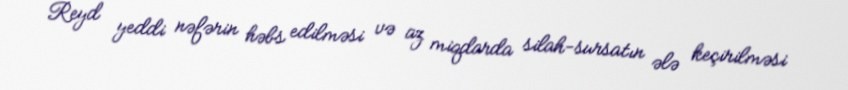
Reyd yeddi nəfərin həbs edilməsi və az miqdarda silah-sursatın ələ keçirilməsi